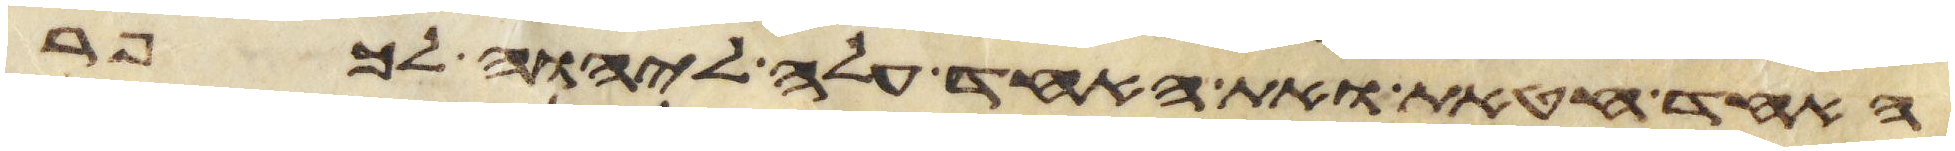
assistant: האחד חטאת ואת האחד עלה ליהוה לכפר